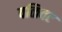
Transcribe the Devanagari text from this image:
वळिवट